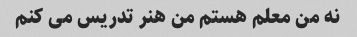
نه من معلم هستم من هنر تدریس می کنم